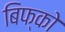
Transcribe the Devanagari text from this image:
बिफ्को